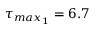
\tau _ { m a x _ { 1 } } = 6 . 7